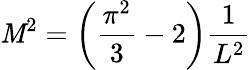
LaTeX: \mathit{M}^{2}=\left(\frac{{\pi^{2}}}{{3}}-2\right)\frac{{1}}{{L^{2}}}